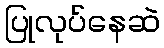
ပြုလုပ်နေဆဲ